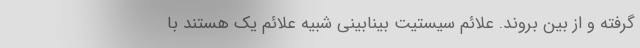
گرفته و از بین بروند. علائم سیستیت بینابینی شبیه علائم یک هستند با